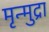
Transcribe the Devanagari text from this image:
मृन्मुद्रा